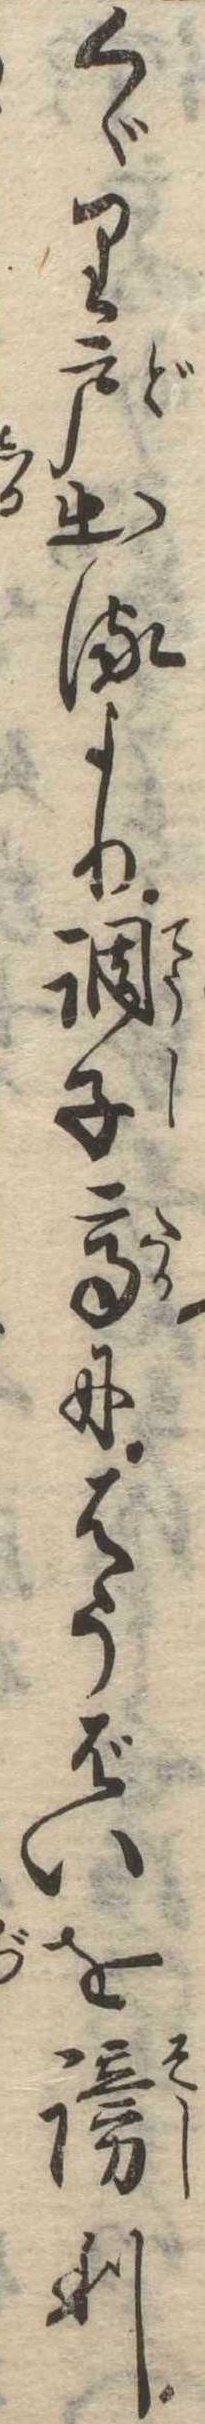
くゞり戸出るより調子高にはうばいを謗り